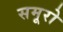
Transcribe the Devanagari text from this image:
समूरो